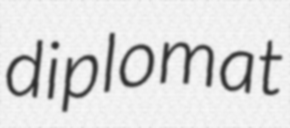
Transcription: diplomat